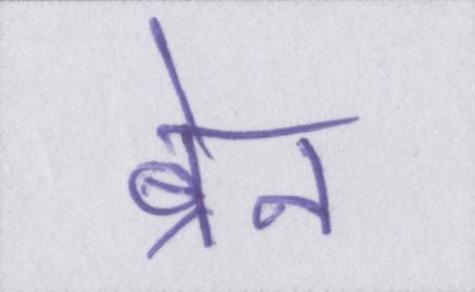
ब्रेन